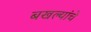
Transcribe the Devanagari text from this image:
बखल्यांचे